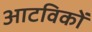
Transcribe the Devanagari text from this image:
आटविकों